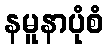
နမူနာပုံစံ